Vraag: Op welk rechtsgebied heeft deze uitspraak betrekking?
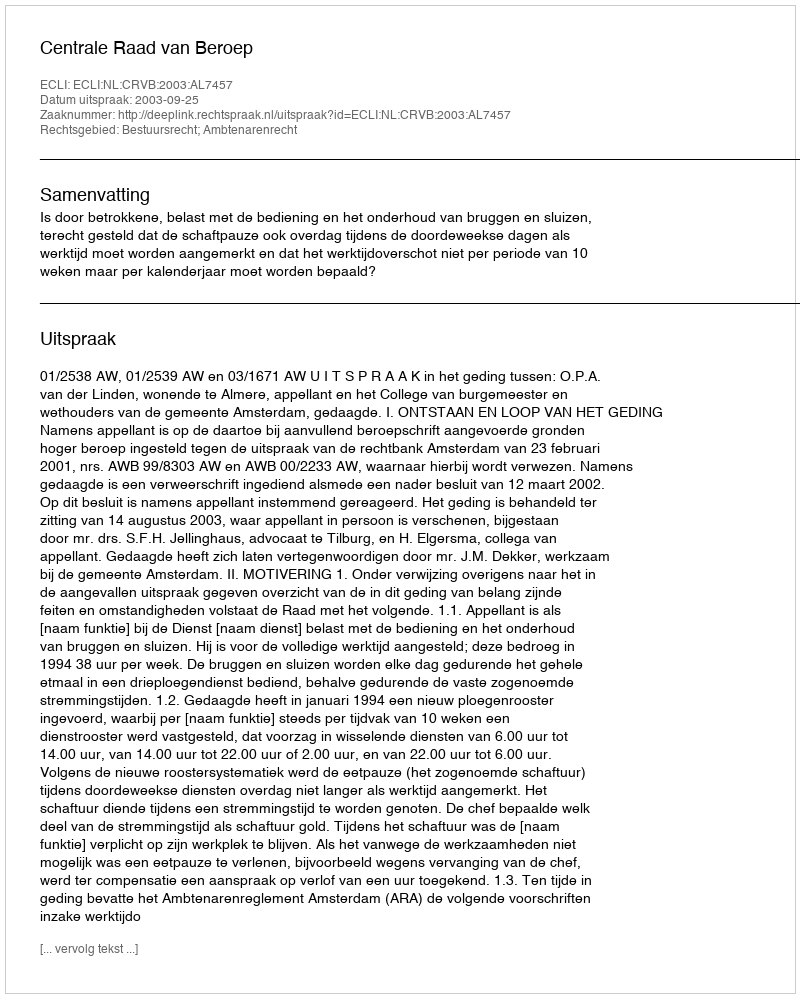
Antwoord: Bestuursrecht; Ambtenarenrecht